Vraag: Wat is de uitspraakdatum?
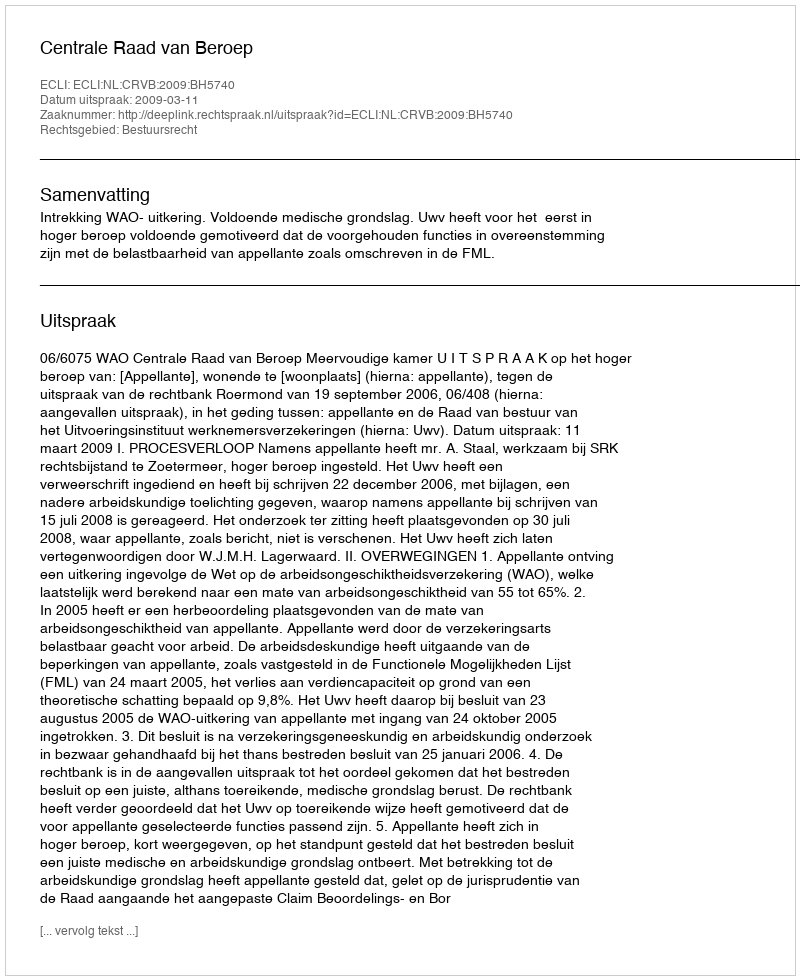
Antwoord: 2009-03-11